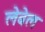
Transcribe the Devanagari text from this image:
लेबेल